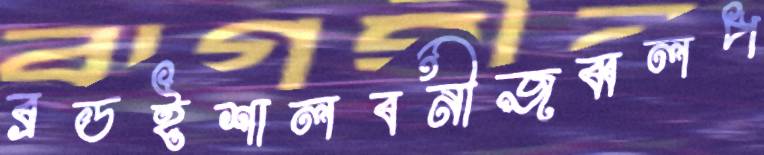
ব্রডইশালবনীজব্বলপ